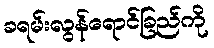
ခရမ်းလွန်ရောင်ခြည်ကို